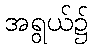
အရွယ်၌